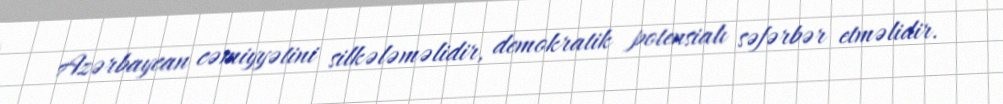
Azərbaycan cəmiyyətini silkələməlidir, demokratik potensialı səfərbər etməlidir.